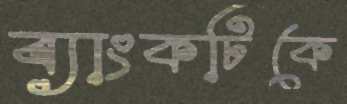
ব্যাংকটিকে